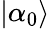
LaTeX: \left|\alpha_{0}\right\rangle